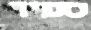
ספיר